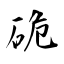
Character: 硊